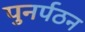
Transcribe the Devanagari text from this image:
पुनर्पठन